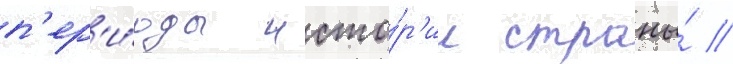
п'ер'и́оды исто́р'ии страны́ //